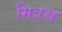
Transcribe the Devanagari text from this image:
मित्रच